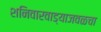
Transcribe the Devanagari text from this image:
शनिवारवाड्याजवळचा